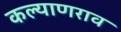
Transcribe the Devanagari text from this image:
कल्याणराव